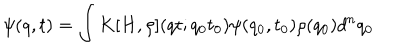
\psi ( q , t ) = \int K [ H , \rho ] ( q t ; q _ { 0 } t _ { 0 } ) \psi ( q _ { 0 } , t _ { 0 } ) \rho ( q _ { 0 } ) d ^ { n } q _ { 0 }